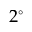
2 ^ { \circ }